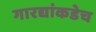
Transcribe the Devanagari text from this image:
गारद्यांकडेच